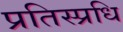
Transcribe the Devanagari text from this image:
प्रतिस्प्रधि